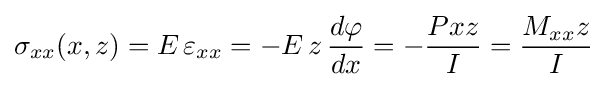
\sigma _{xx}(x,z)=E\,\varepsilon _{xx}=-E\,z\,{\frac {d\varphi }{dx}}=-{\frac {Pxz}{I}}={\frac {M_{xx}z}{I}}